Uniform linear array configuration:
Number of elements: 32
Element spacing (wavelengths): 0.75
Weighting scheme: cosine
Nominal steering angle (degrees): -30
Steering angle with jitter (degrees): -31.039
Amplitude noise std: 0.05
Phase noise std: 0.05

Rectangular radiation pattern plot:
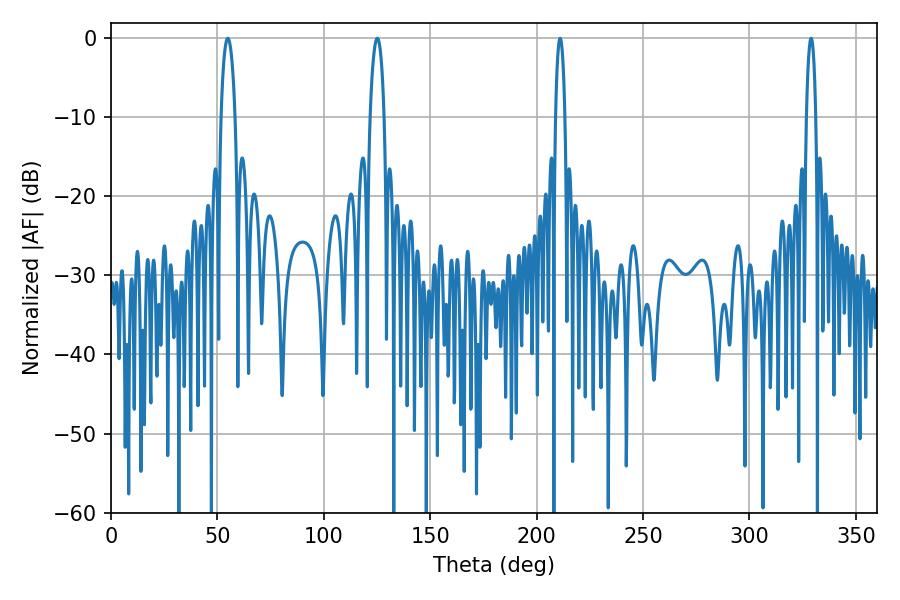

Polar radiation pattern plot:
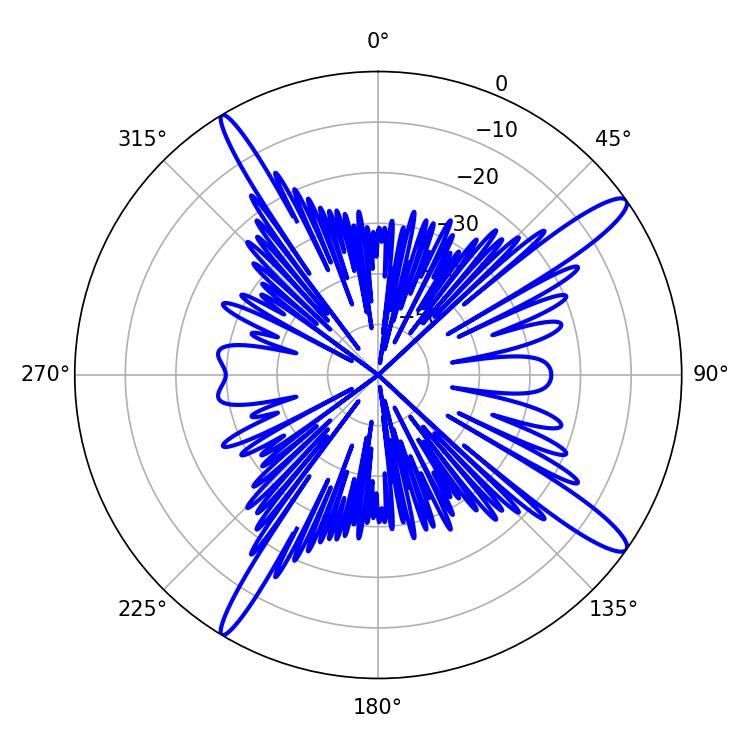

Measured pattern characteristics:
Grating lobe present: TRUE
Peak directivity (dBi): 14.618
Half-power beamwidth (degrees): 3.6
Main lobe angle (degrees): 54.9